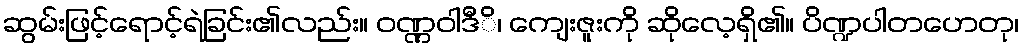
ဆွမ်းဖြင့်ရောင့်ရဲခြင်း၏လည်း။ ဝဏ္ဏဝါဒီိ၊ ကျေးဇူးကို ဆိုလေ့ရှိ၏။ ပိဏ္ဍပါတဟေတု၊